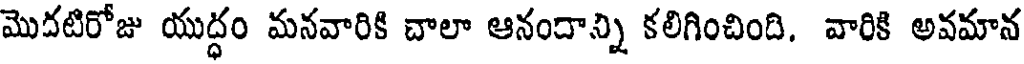
మొదటిరోజు యుద్ధం మనవారికి చాలా ఆనందాన్ని కలిగించింది. వారికి అవమాన